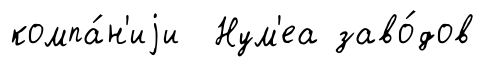
компа́н'иjи Нум'еа заво́дов